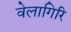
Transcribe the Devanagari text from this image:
वेलागिरि